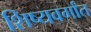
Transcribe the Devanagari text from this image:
शिष्यवर्गांत